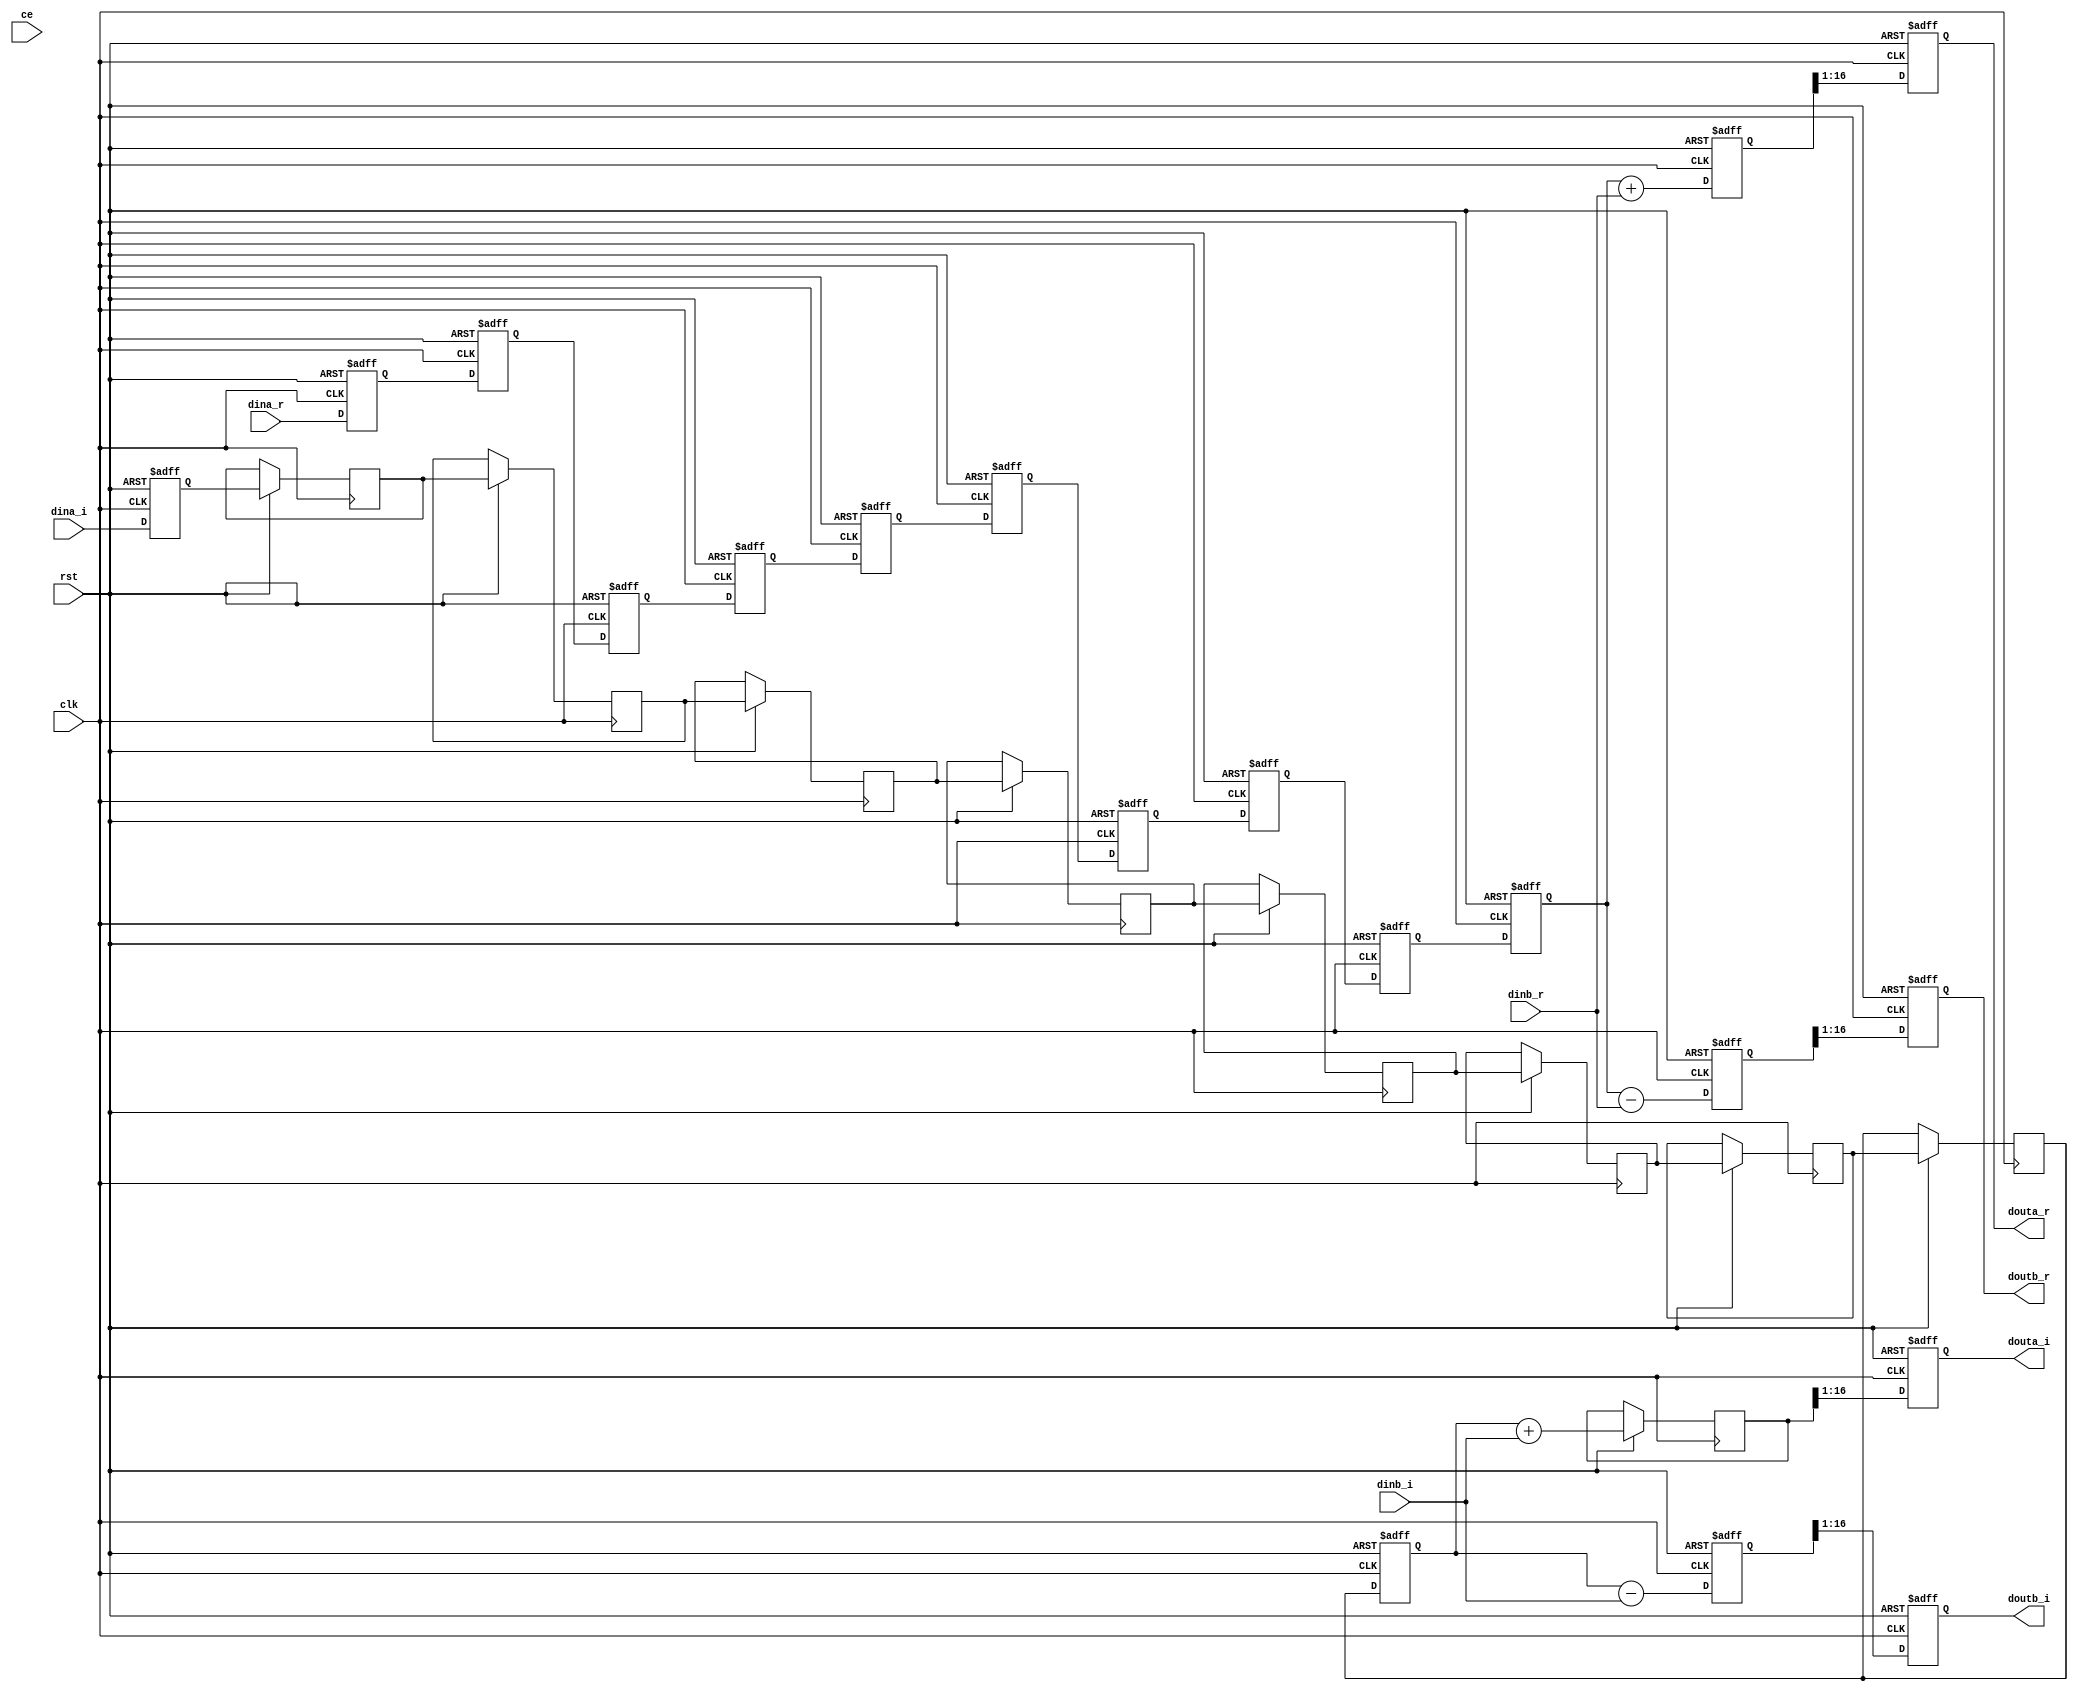
`timescale 1ns / 1ps 
module radix_2(
  clk,
  rst,
  ce,
  dina_r,
  dina_i,
  dinb_r,
  dinb_i,
  douta_r,
  douta_i,
  doutb_r,
  doutb_i
    );
 
input clk,rst;
input ce;
input [15:0] dina_r,dina_i;
input signed[15:0] dinb_r,dinb_i;
output reg signed[15:0]douta_r,douta_i;
output reg signed[15:0]doutb_r,doutb_i;

reg signed[15:0]dina_r_reg[0:8],dina_i_reg[0:8];
reg signed[15:0]dina_r_reg1,dina_i_reg1;
reg signed[16:0]douta_r_reg,douta_i_reg;
reg signed[16:0]doutb_r_reg,doutb_i_reg;

always@(posedge clk or negedge rst) 
  if(!rst)begin
    dina_r_reg[0]<=16'd0;
    dina_i_reg[0]<=16'd0;
  end
  else begin
    dina_r_reg[0]<=dina_r;
    dina_i_reg[0]<=dina_i;   
  end

generate
    genvar i;
    for(i=1;i<=8;i=i+1)
        begin:din_r
            always@(posedge clk or negedge rst) 
              if(!rst)
                dina_r_reg[i]<=16'd0;
              else begin
                dina_r_reg[i]<=dina_r_reg[i-1];
                dina_i_reg[i]<=dina_i_reg[i-1];
              end
       end
endgenerate

always@(posedge clk or negedge rst) 
  if(!rst)begin
     dina_r_reg1<=16'd0;
     dina_i_reg1<=16'd0;
  end
  else begin
     dina_r_reg1<=dina_r_reg[8]; 
     dina_i_reg1<=dina_i_reg[8]; 
  end

always@(posedge clk or negedge rst) 
  if(!rst)begin
     douta_r_reg<=17'd0;
     douta_r_reg<=17'd0;
  end
  else begin
     douta_r_reg<=dina_r_reg1+dinb_r;
     douta_i_reg<=dina_i_reg1+dinb_i;    
  end 

always@(posedge clk or negedge rst) 
  if(!rst)begin
     doutb_r_reg<=17'd0;
     doutb_i_reg<=17'd0;
  end
  else begin
     doutb_r_reg<=dina_r_reg1-dinb_r;
     doutb_i_reg<=dina_i_reg1-dinb_i;    
  end 

always@(posedge clk or negedge rst) 
  if(!rst)begin
     douta_r<=16'd0;
	 douta_i<=16'd0;
	 doutb_r<=16'd0;
	 doutb_i<=16'd0;
  end
  else begin
     douta_r<=douta_r_reg[16:1];
	 douta_i<=douta_i_reg[16:1];
	 doutb_r<=doutb_r_reg[16:1];
	 doutb_i<=doutb_i_reg[16:1];
  end
endmodule